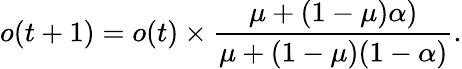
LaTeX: o(t+1)=o(t)\times\frac{\mu+(1-\mu)\alpha)}{\mu+(1-\mu)(1-\alpha)}.